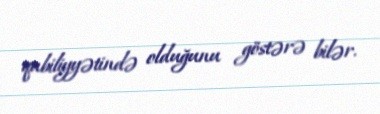
qabiliyyətində olduğunu göstərə bilər.